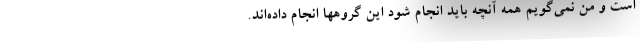
است و من نمی‌گویم همه آنچه باید انجام شود این گروهها انجام داده‌اند.